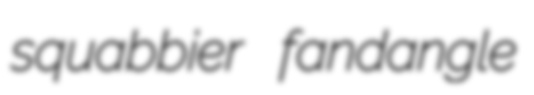
squabbier fandangle